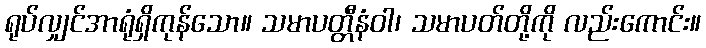
ရုပ်လျှင်အာရုံရှိကုန်သော။ သမာပတ္တီနံဝါ၊ သမာပတ်တို့ကို လည်းကောင်း။